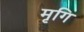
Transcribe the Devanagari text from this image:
मृगि